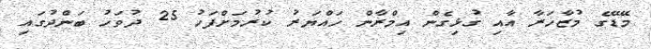
މޭޑޭގެ މުޒާހަރާ އާއި ގުޅިގެން އިމްރާން ހައްޔަރު ކުރުމަށްފަހު 25 ދުވަހު ބަންދުގައި